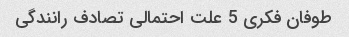
طوفان فکری 5 علت احتمالی تصادف رانندگی